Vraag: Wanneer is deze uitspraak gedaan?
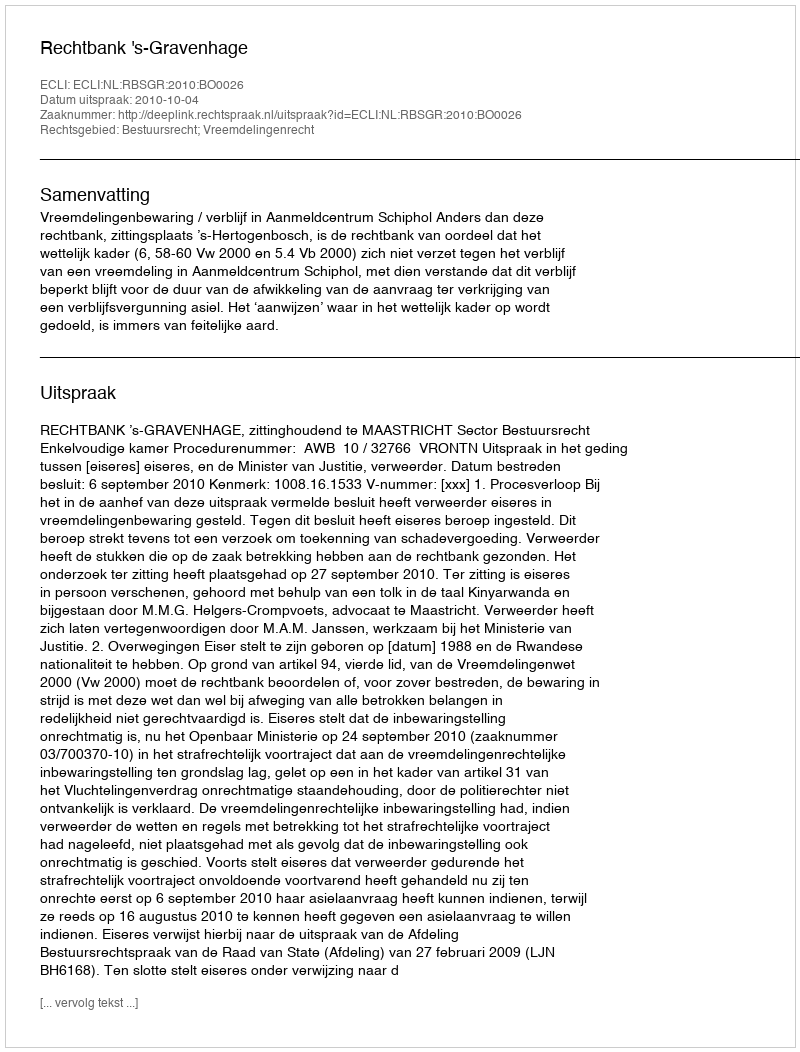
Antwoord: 2010-10-04